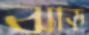
ঝাড়